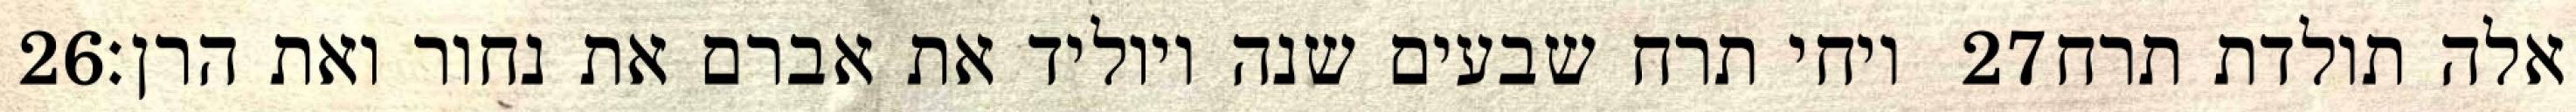
‎26‏ ויחי תרח שבעים שנה ויוליד את אברם את נחור ואת הרן׃ ‎27‏ אלה תולדת תרח